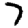
Digit: 7